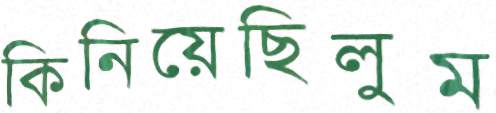
কিনিয়েছিলুম